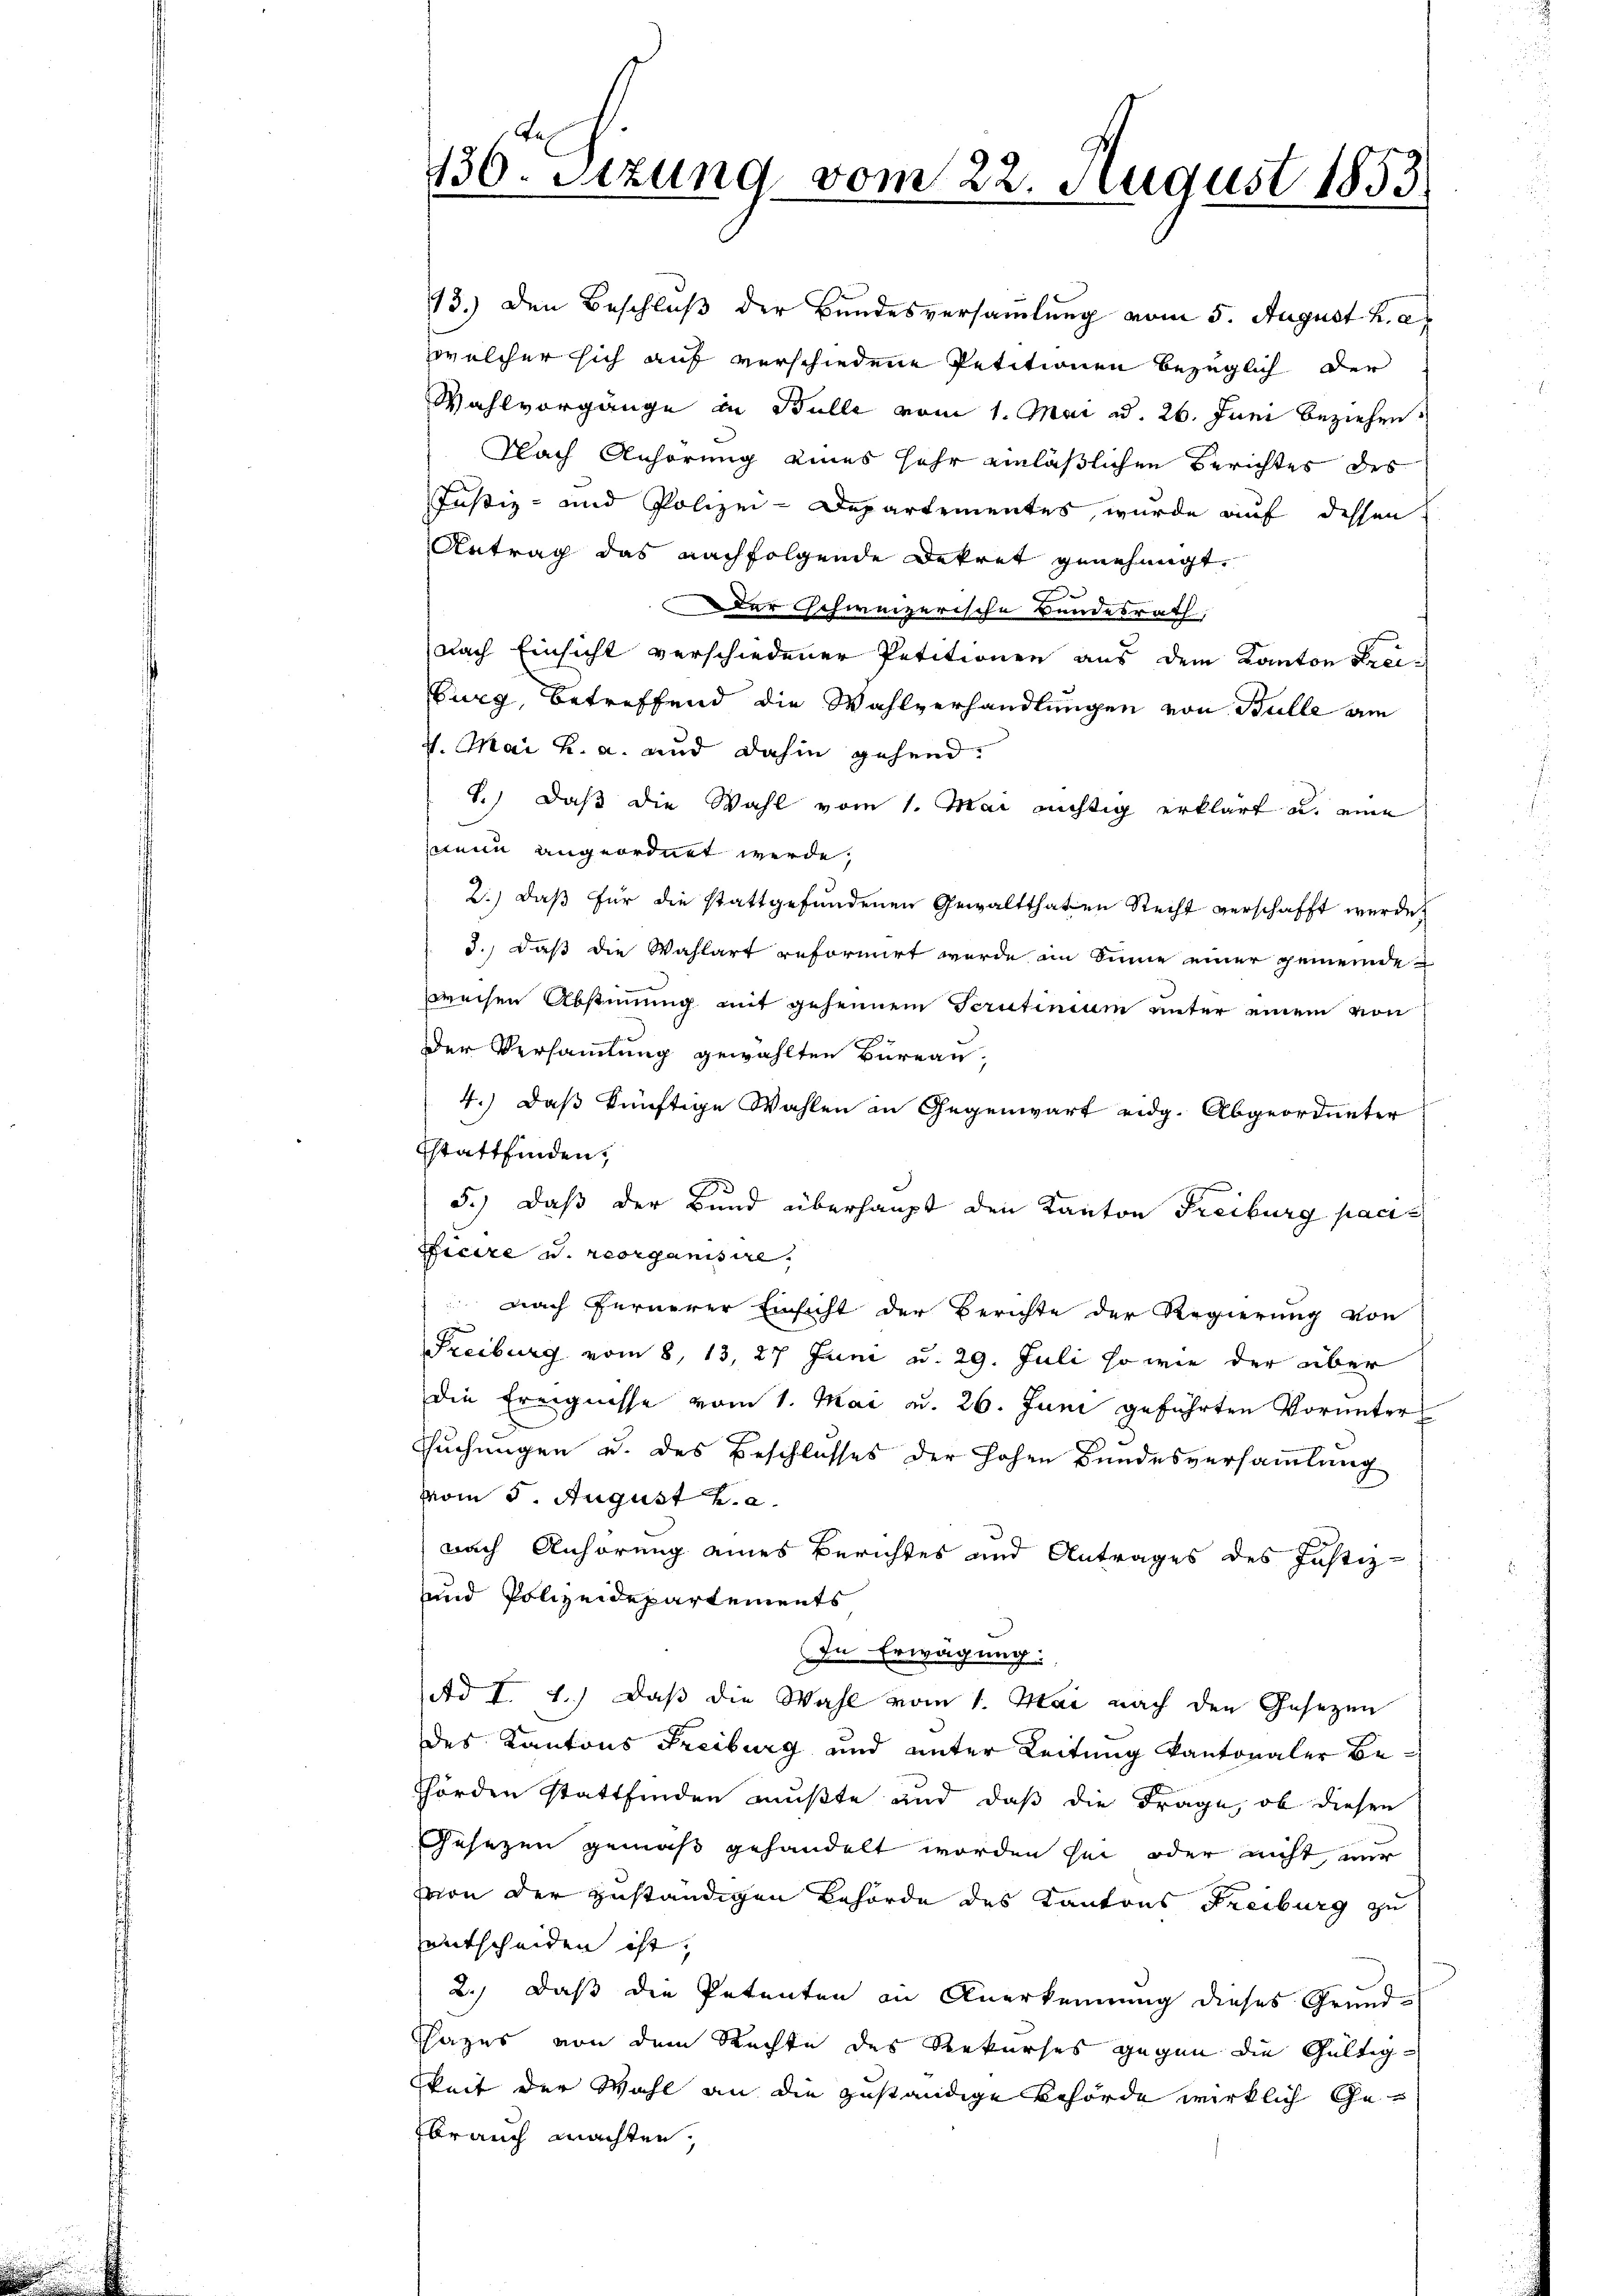
13.) Den Beschluß der Bundesversammlung vom 5. August k. a
zwelcher sich auf verschiedene Petitionen bezüglich der
Wahlvorgänge in Bulle vom 1. Mai d. 26. Juni beziehen.
Nach Anhörung eines sehr einläßlichen Berichtes des
Justiz- und Polizei-Departementes, wurde auf dessen
Antrag das nachfolgende Dekret genehmigt,
Der Schweizerische Bundesrath,
nach Einsicht verschiedener Petitionen aus dem Kanton Strei¬
Eurg, betreffend die Wahlverhandlungen von Bulle am
7. Mai h. a. und dahin gehend.
8.) Daß die Wahl vom 1. Mai nichtig erklärt u. eine
nein angeordnet werde,
2.) daß für die stattgefundenen Gewaltthaten Recht verschafft werde,
3., daß die Wahlart reformirt wurde im Sinne einer gemeindeweisen Abstimmung mit geheimen Scrutinium unter einem von
Der Versammlung gewählten Bureau,
4.) Daß künftige Wahlen in Gegenwart eidg. Abgeordneter
sstattfinden,
5.) Daß der Bund überhaupt den Kanton Freiburg pacificire u. reorganisire.
nach fernerer Einsicht der Berichte der Regierung von
Freiburg vom 8. 13, 27 Juni u. 29. Juli so wie der über
Die Ereignisse vom 1. Mai v. 26. Juni geführten Vorunter
suchungen u. des Beschlusses der hohen Bundesversammlung
vom 5. August v. a.
nach Anhörung eines Berichtes und Antrages des Justiz-
uund Polizeidepartements
In Erwägung:
Ad I. 1.) Daß die Wahl vom 1. Mai nach den Gesezen
des Kantons Freiburg und unter Leitung kantonaler Be¬
Thörden stattfinden mußte und daß die Frage, ob diesen
Gesezen gemäß gehandelt worden sei, oder nicht nur
vvon der zuständigen Behörde des Kantons Freiburg zu
entscheiden ist,
2.) Daß die Petenten in Anerkennung dieses Grund¬
Sazes von dem Rechte des Rekurses gegen die Gültigkeit der Wahl an die zuständige Behörde wirklich Ge¬
Ebrauch machten,

136. Sitzung vom 22. August 1853.